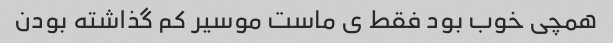
همچی خوب بود فقط ی ماست موسیر کم گذاشته بودن